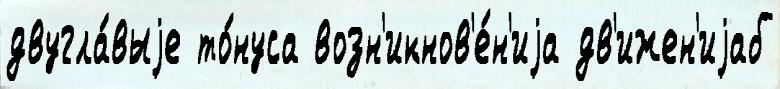
двугла́выjе то́нуса возн'икнов'е́н'иjа дв'ижен'иjаб